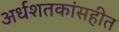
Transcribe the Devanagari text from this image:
अर्धशतकांसहीत